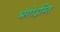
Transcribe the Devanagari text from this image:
भंगोऽस्ति